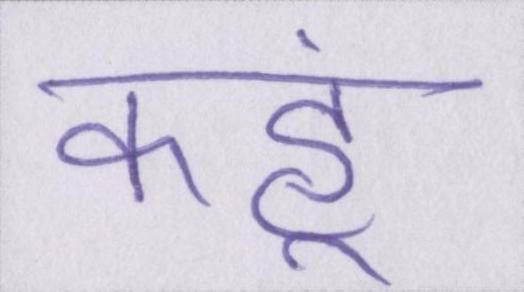
कहूं